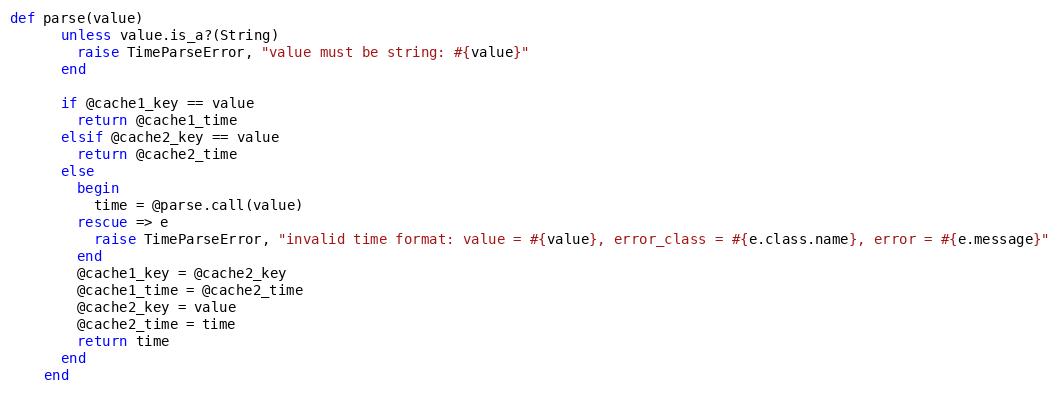
Language: Ruby
def parse(value)
      unless value.is_a?(String)
        raise TimeParseError, "value must be string: #{value}"
      end

      if @cache1_key == value
        return @cache1_time
      elsif @cache2_key == value
        return @cache2_time
      else
        begin
          time = @parse.call(value)
        rescue => e
          raise TimeParseError, "invalid time format: value = #{value}, error_class = #{e.class.name}, error = #{e.message}"
        end
        @cache1_key = @cache2_key
        @cache1_time = @cache2_time
        @cache2_key = value
        @cache2_time = time
        return time
      end
    end